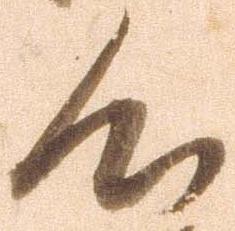
心